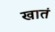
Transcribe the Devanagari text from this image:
खातं